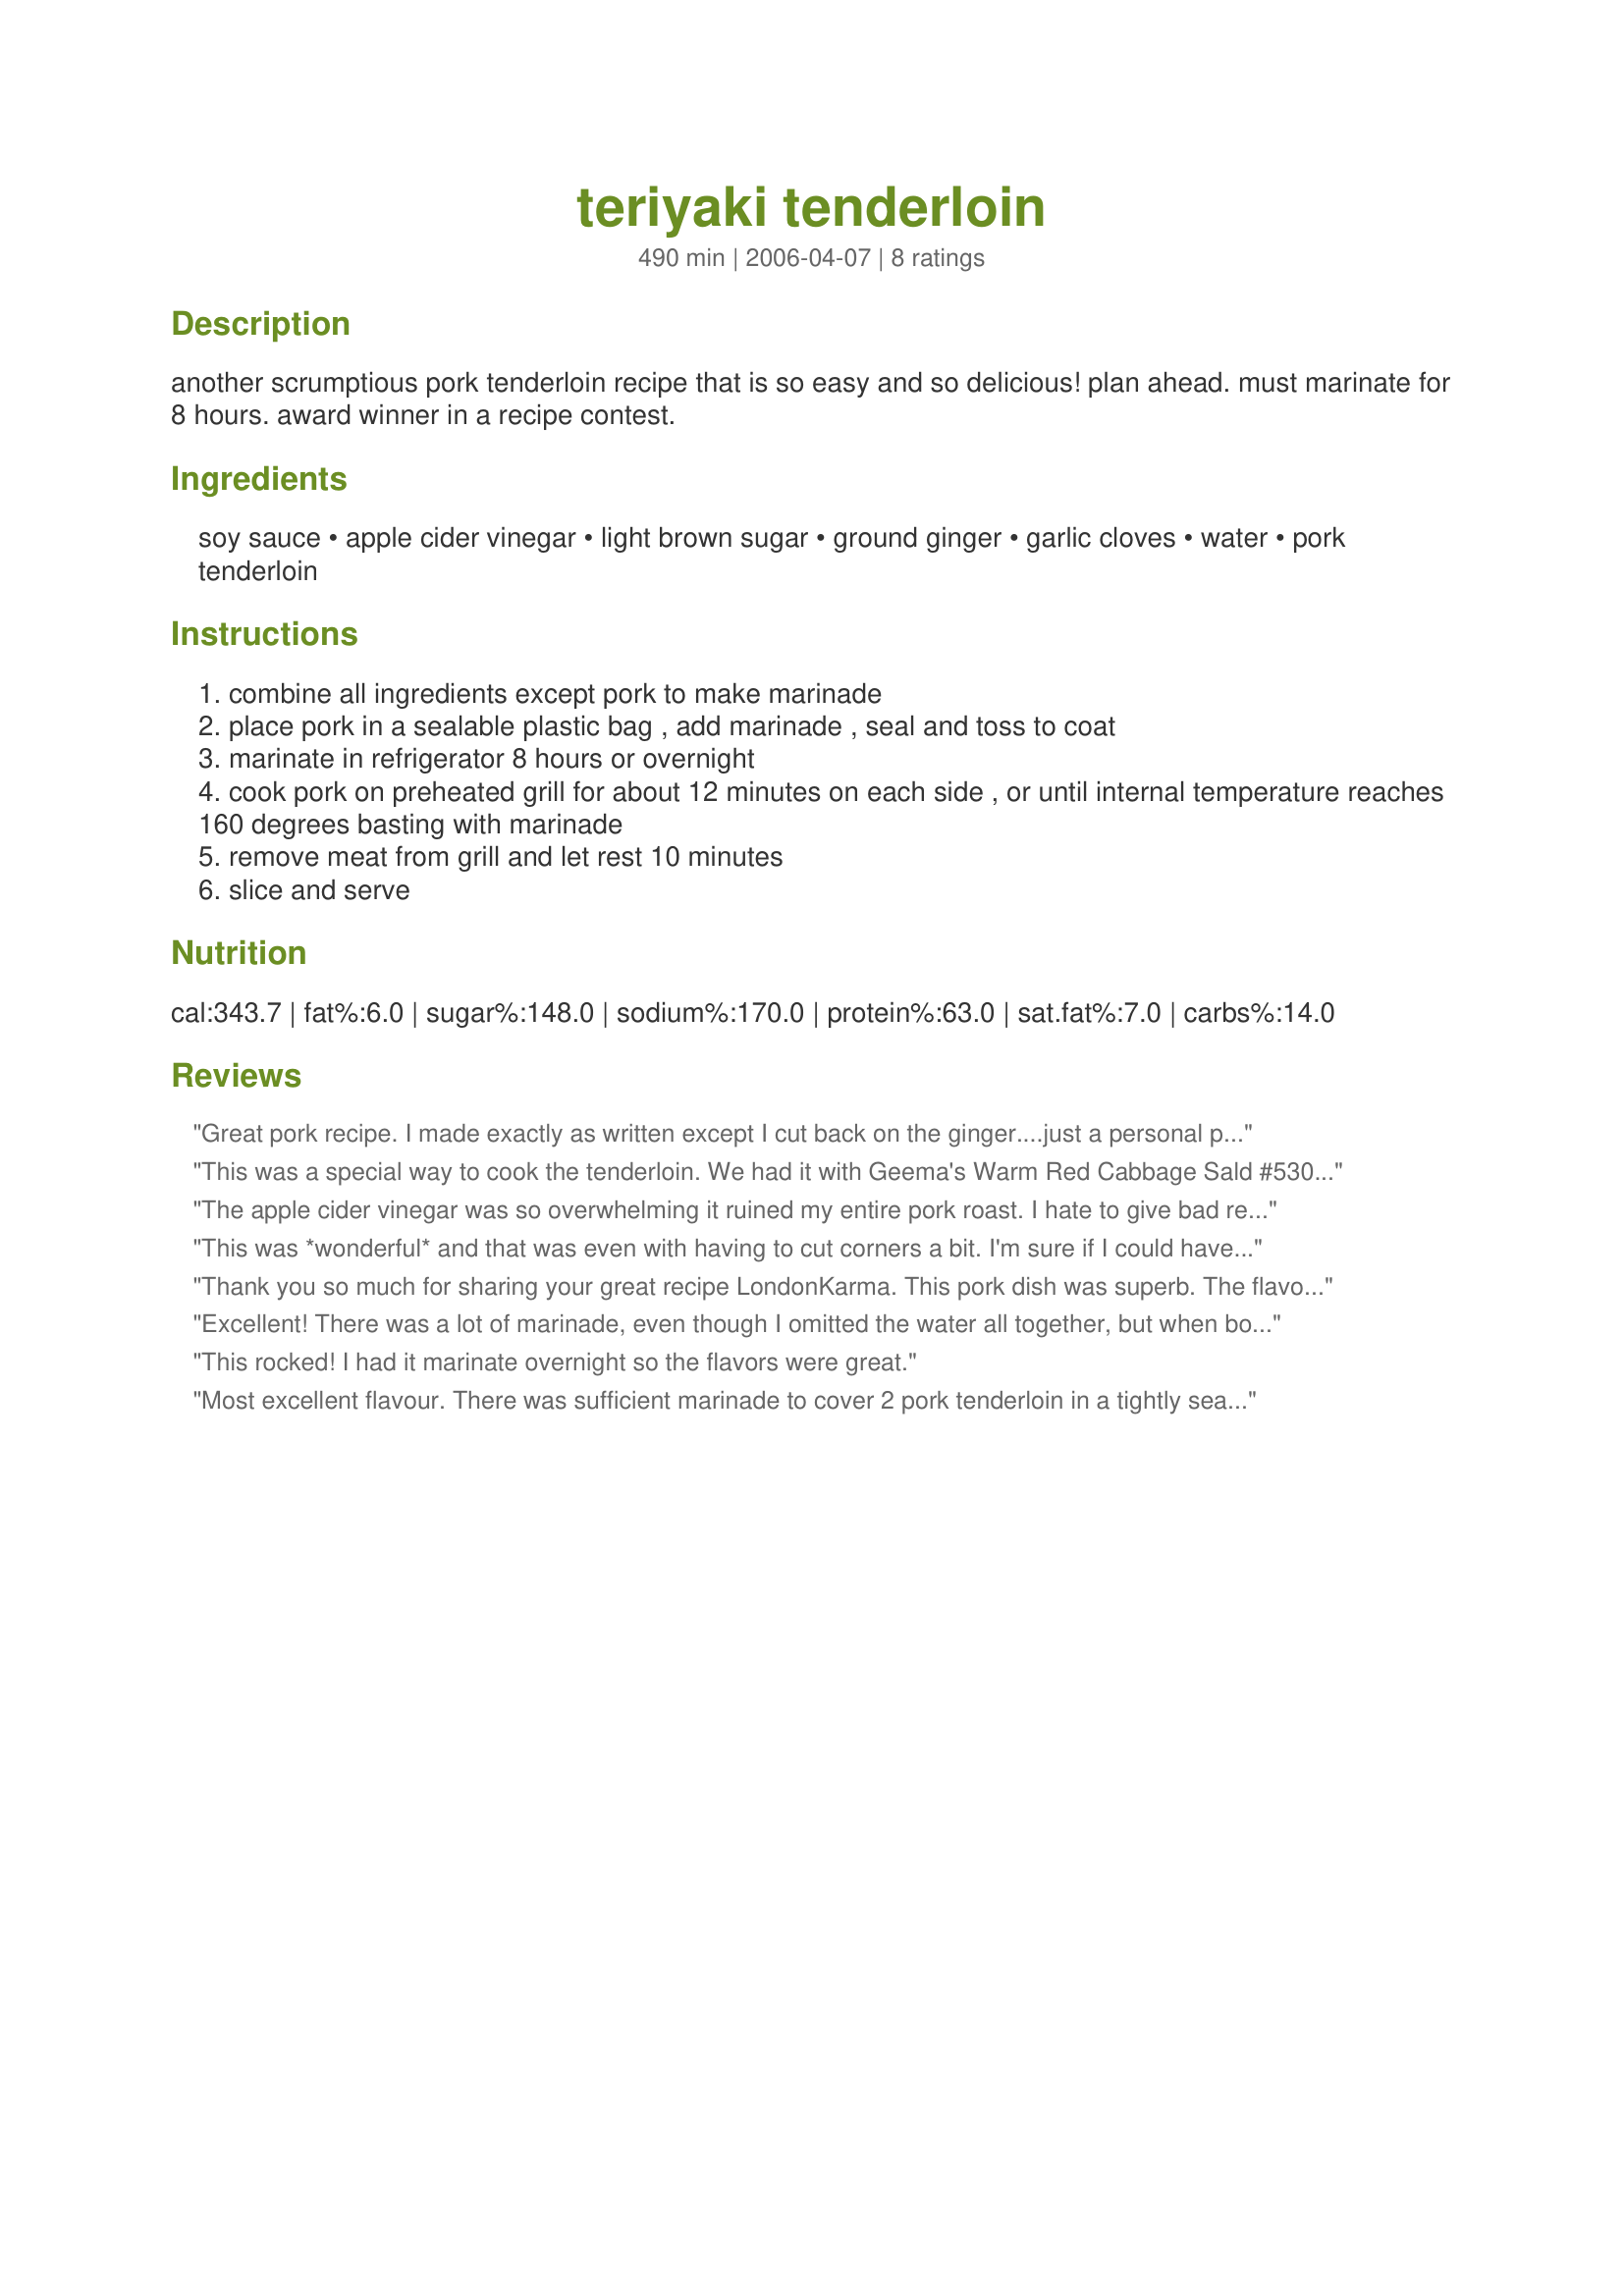
teriyaki tenderloin
Preparation time: 490 minutes

another scrumptious pork tenderloin recipe that is so easy and so delicious!

plan ahead. must marinate for 8 hours.

award winner in a recipe contest.

Ingredients:
soy sauce, apple cider vinegar, light brown sugar, ground ginger, garlic cloves, water, pork tenderloin

Steps:
combine all ingredients except pork to make marinade
place pork in a sealable plastic bag , add marinade , seal and toss to coat
marinate in refrigerator 8 hours or overnight
cook pork on preheated grill for about 12 minutes on each side , or until internal temperature reaches 160 degrees basting with marinade
remove meat from grill and let rest 10 minutes
slice and serve

Reviews:
Great pork recipe. I made exactly as written except I cut back on the ginger....just a personal preference. Very tender, and full of flavor. I'll make this one again.
This was a special way to cook the tenderloin. We had it with Geema's Warm Red Cabbage Sald #53025 and the combination was incredible!
The apple cider vinegar was so overwhelming it ruined my entire pork roast. I hate to give bad reviews but I made exactly as written and and it turned out horribly. Sorry.
This was *wonderful* and that was even with having to cut corners a bit. I'm sure if I could have made it exactly according to the recipe it would have been even better. I didn't have quite enough to make a full amount of marinade so cut it in half. It was plenty to cover a 1.5 lb pork roast; I just made extra sure to flip it several times during the day. I also didn't have access to a grill, but broiled it on the low setting for 12-15 min/side, basting frequently. It was to die for. We had it with sticky rice and an assortment of asian-cooked veggies (jade broccoli, spicy green beans, etc). Hubby and the kids all adored it; there was not a scrap left over. It has gone to the top of our family favorites. Thanks SO much for posting! :o)
Thank you so much for sharing your great recipe LondonKarma. This pork dish was superb. The flavour was outstanding fullbodied, but not overpowering. The meat was moist and tender. A new family favourite. I will be making this dish again and again. I can't wait to try the sauce on chicken. Kudos
Excellent! There was a lot of marinade, even though I omitted the water all together, but when boiled down after marinating, it was to die for on the pork and roasted veggies we had with it.
This rocked! I had it marinate overnight so the flavors were great.
Most excellent flavour. There was sufficient marinade to cover 2 pork tenderloin in a tightly sealed plastic container. Marinating for the full time, per recipe, is essential to allow flavours to penetrate the meat. I changed nothing, because I never mess around with someone else's recipe. I followed your suggestion, chef, and boiled down the marinade to use for added sauce. Thanks very much for posting this award winner; it worked for me.
